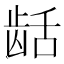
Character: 𬺄